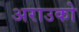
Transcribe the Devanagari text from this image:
अराउको